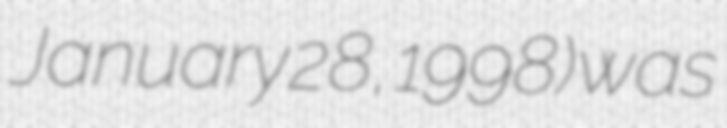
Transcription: January 28, 1998) was